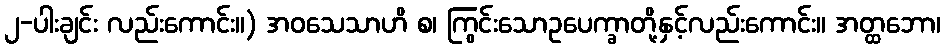
၂-ပါးချင်း လည်းကောင်း။) အဝသေသာဟိ စ၊ ကြွင်းသောဥပေက္ခာတို့နှင့်လည်းကောင်း။ အတ္ထဘော၊